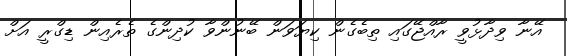
އޭނާ ވިދާޅުވީ ރާއްޖޭގައި ތިބެގެން ކިޔަވަން ބޭނުންވާ ކުދިންގެ ތެރެއިން ޑިގްރީ އަށް